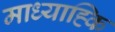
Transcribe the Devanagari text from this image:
माध्याह्कि